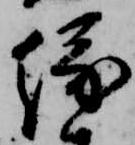
縁